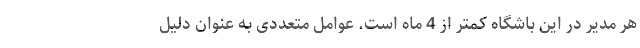
هر مدیر در این باشگاه کمتر از 4 ماه است. عوامل متعددی به عنوان دلیل